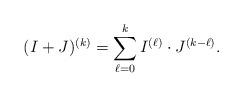
LaTeX: \begin{align*}(I+J)^{(k)} = \sum_{\ell=0}^k I^{(\ell)} \cdot J^{(k-\ell)}. \end{align*}